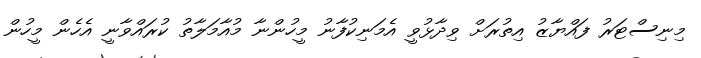
މިނިސްޓަރު ފައްޔާޒު އިތުރަށް ވިދާޅުވީ އެމަނިކުފާނު މީހުންނާ މުއާމަލާތު ކުރައްވާނީ އެހެން މީހުން